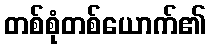
တစ်စုံတစ်ယောက်၏